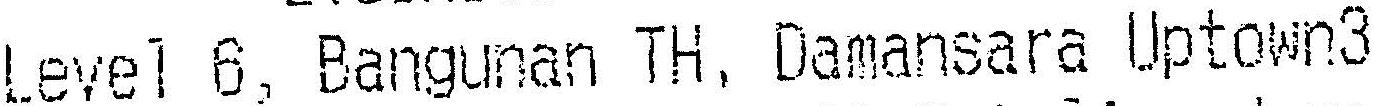
LEVEL 6, BANGUNAN TH, DAMANSARA UPTOWN3